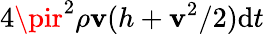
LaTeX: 4\pir^{2}\rho\mathbf{v}(h+\mathbf{v}^{2}/2)\mathrm{{d}}t